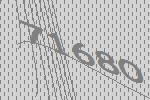
71680